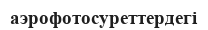
аэрофотосуреттердегі